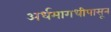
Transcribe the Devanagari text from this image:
अर्धमागधीपासून